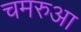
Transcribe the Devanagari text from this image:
चमरुआ